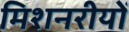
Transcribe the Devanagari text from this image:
मिशनरीयों